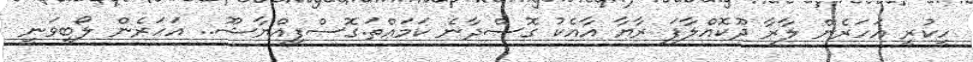
ހީކުރީ އަހަރެން ލާރާ ދޫކޮއްލާފަ ރާޔާ އާއެކު ގޮސްދާނެ ކަމައްތަ.ގޮސްފިއްޔާޝޫ.. އަހަރެން ލޯބިވަނީ